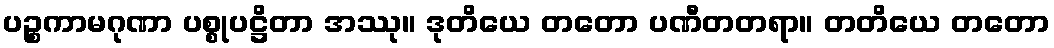
ပဉ္စကာမဂုဏာ ပစ္စုပဋ္ဌိတာ အဿု။ ဒုတိယေ တတော ပဏီတတရာ။ တတိယေ တတော